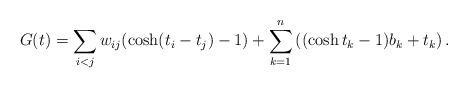
LaTeX: \begin{align*}G(t)=\sum_{i<j}w_{ij}(\cosh(t_i-t_j)-1)+\sum_{k=1}^n\left((\cosh t_k-1)b_k+t_k\right).\end{align*}